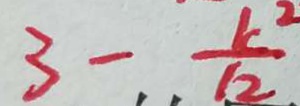
3 - \frac { r } { 1 2 } ^ { 2 }